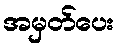
အမှတ်ပေး